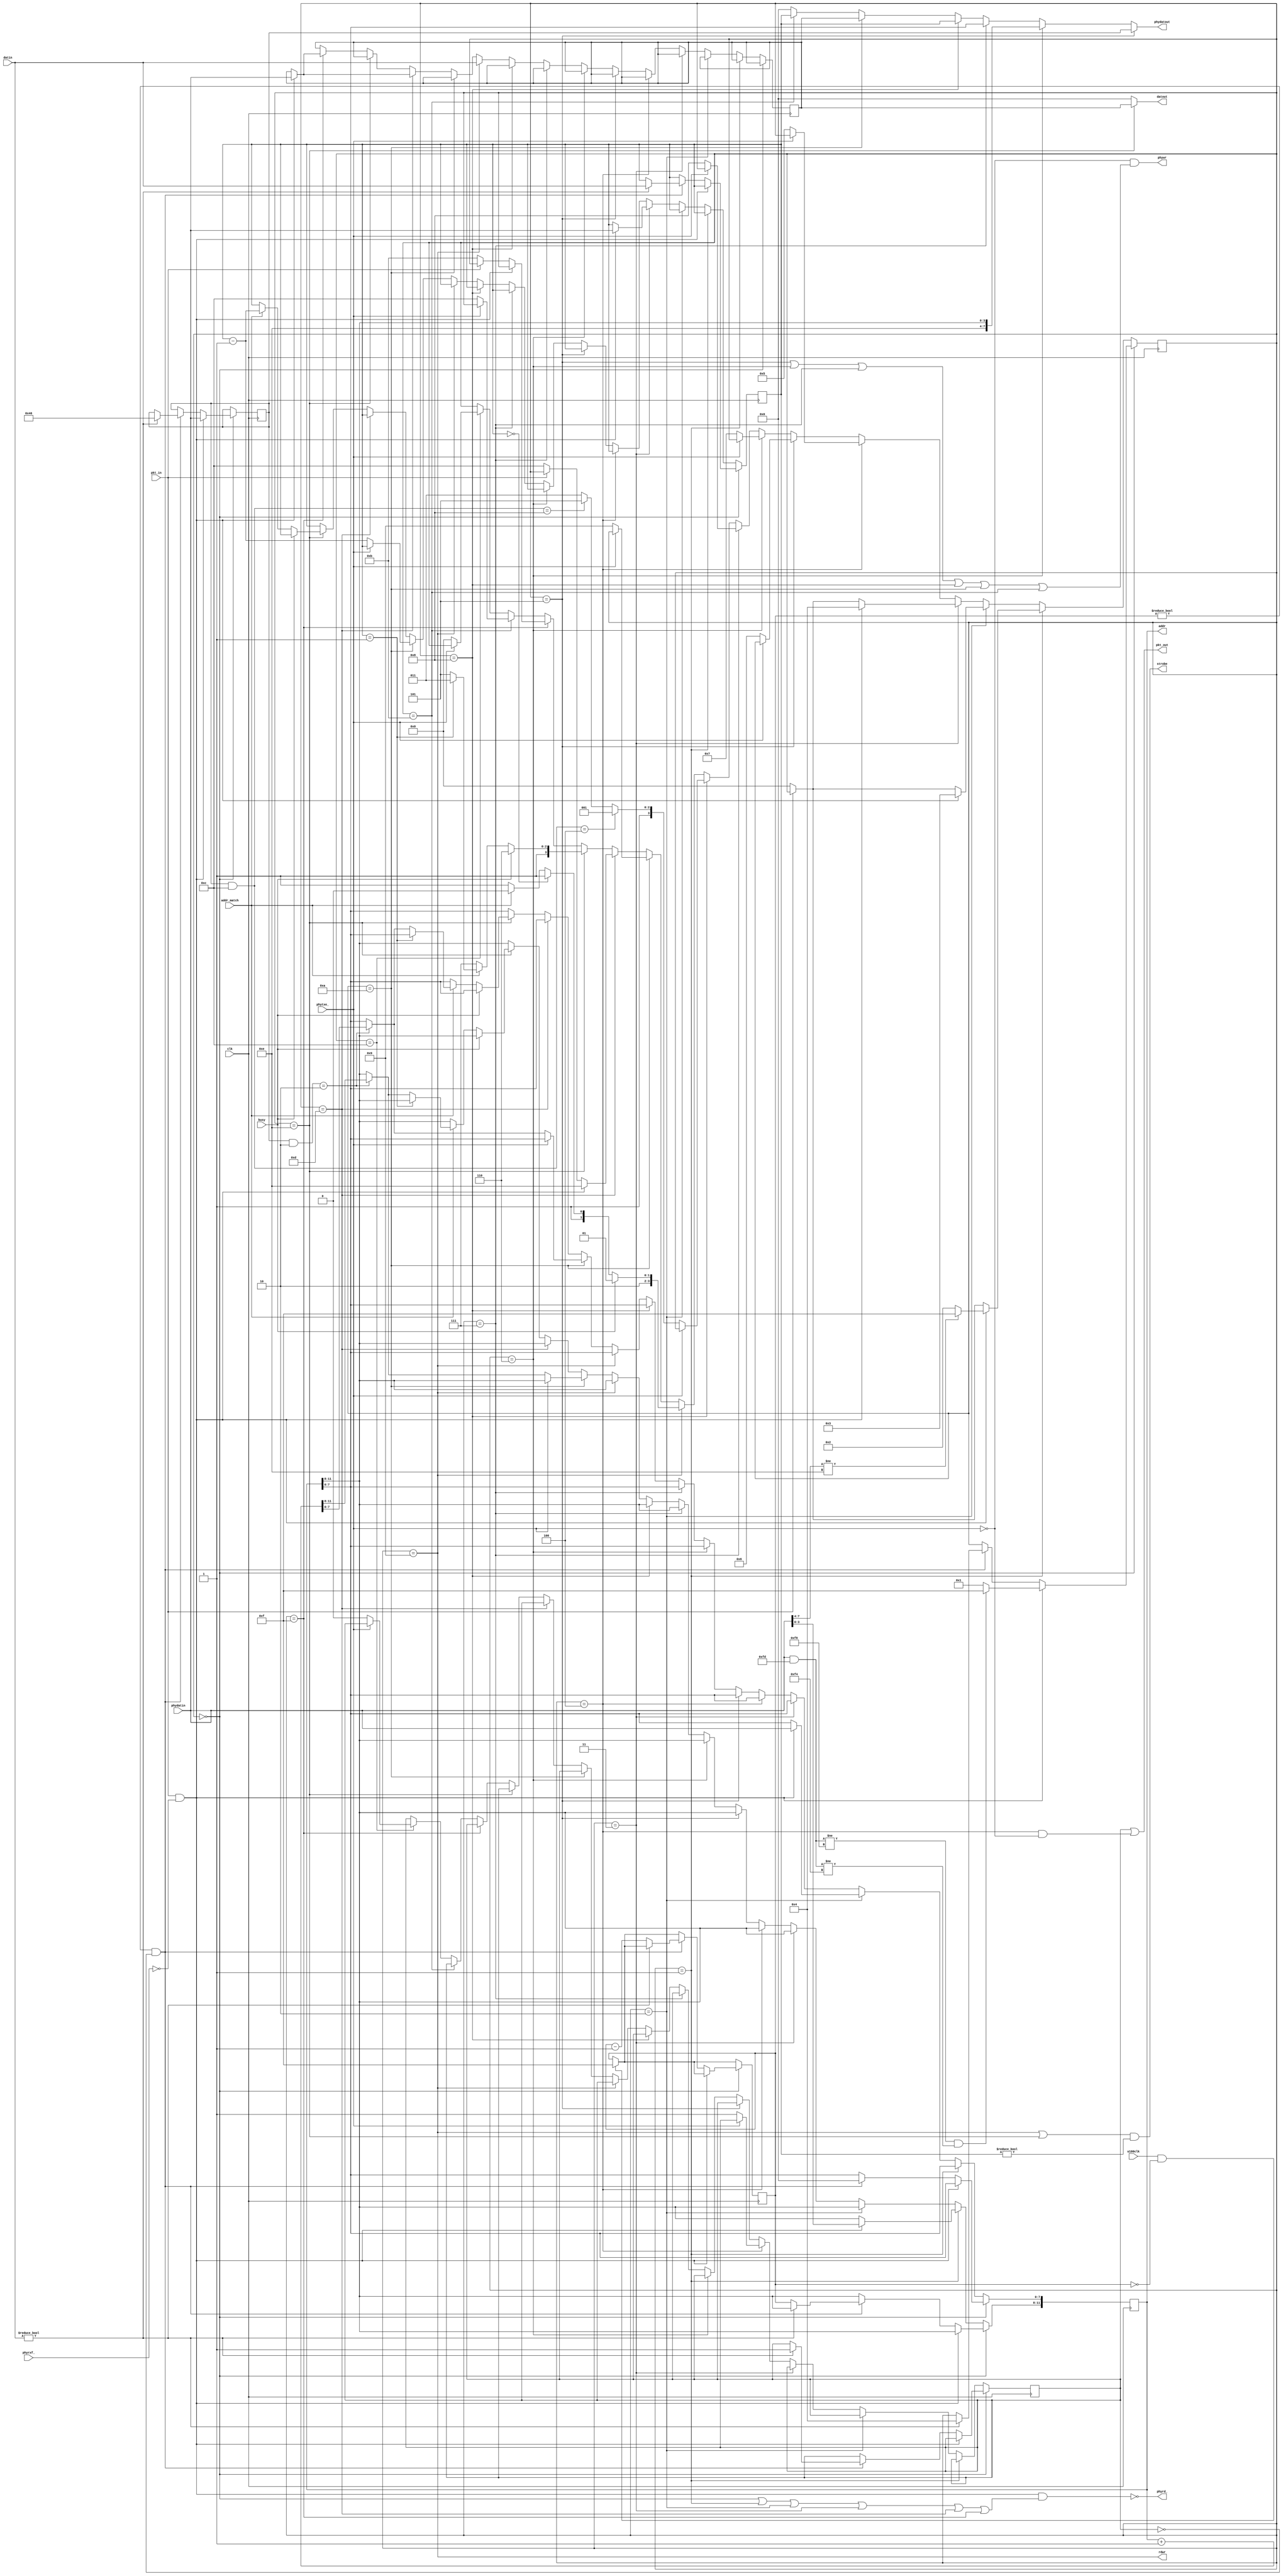
// *********************************************************
// Copyright (c) 2020 Demand Peripherals, Inc.
// 
// This file is licensed separately for private and commercial
// use.  See LICENSE.txt which should have accompanied this file
// for details.  If LICENSE.txt is not available please contact
// support@demandperipherals.com to receive a copy.
// 
// In general, you may use, modify, redistribute this code, and
// use any associated patent(s) as long as
// 1) the above copyright is included in all redistributions,
// 2) this notice is included in all source redistributions, and
// 3) this code or resulting binary is not sold as part of a
//    commercial product.  See LICENSE.txt for definitions.
// 
// DPI PROVIDES THE SOFTWARE "AS IS," WITHOUT WARRANTIES OR
// CONDITIONS OF ANY KIND, EITHER EXPRESS OR IMPLIED, INCLUDING
// WITHOUT LIMITATION ANY WARRANTIES OR CONDITIONS OF TITLE,
// NON-INFRINGEMENT, MERCHANTABILITY, OR FITNESS FOR A PARTICULAR
// PURPOSE.  YOU ARE SOLELY RESPONSIBLE FOR DETERMINING THE
// APPROPRIATENESS OF USING OR REDISTRIBUTING THE SOFTWARE (WHERE
// ALLOWED), AND ASSUME ANY RISKS ASSOCIATED WITH YOUR EXERCISE OF
// PERMISSIONS UNDER THIS AGREEMENT.
// 
// This software may be covered by US patent #10,324,889. Rights
// to use these patents is included in the license agreements.
// See LICENSE.txt for more information.
// *********************************************************

//////////////////////////////////////////////////////////////////////////
//
//  Description:  This bus interface accepts command and data from
//       the host compute and translates those commands into reads
//       and writes onto the DPCore bus. 
//
/////////////////////////////////////////////////////////////////////////

/////////////////////////////////////////////////////////////////////////
//
//  The protocol to the host consists of a command byte, two bytes of
//  register address, a word transfer count, and if applicable, write
//  data.  See the sysdefs.h file for a full description of the protocol.
//
//  At a high level the state machine for the bus interface gets the
//  four bytes mentioned above and does the read or write.  There are
//  major states as we get each of the three fields in the request and
//  several minor states as we deal with the control and status lines
//  to the host.
//
//  Get a host command from the host interface
`define BI_WT_CMD      0     // Wait for a new request on the  RXF_ line
`define BI_WT_HIAD     1     // Got RXF_ low and we lowered RD_, get high address byte
`define BI_WT_LOAD     2     // Got high addr, raised RD_, wait for RXF_ for low reg addr
`define BI_WT_WDCT     3     // Got low addr, raised RD_, wait for RXF_ for the word count

//  Doing a command.  Here are the states for both read and write processing
`define BI_SN_START    4     // Set the In_Pkt flag
`define BI_SN_CMD      5     // Echo/send the command byte back to the host
`define BI_SN_HIAD     6     // Send the high byte of the address
`define BI_SN_LOAD     7     // Send the low byte of the address
`define BI_SN_RCNT     8     // Send the Requested count
//  Doing a READ command.  Here are the states for read processing
`define BI_RD_WORD     9     // Read the data from the peripheral
`define BI_RD_LODA    10     // Send the low byte of the data
//  These states are also common for both reads and writes
`define BI_SN_DCNT    11     // Sent the "sent count" -- an error check for send count
`define BI_SN_END     12     // Send the SLIP END character -- lower InPkt

//  Doing a WRITE command.  Here are the states for write processing
//  We echo the command and give the number of words successfully written
`define BI_WR_LODA    13     // Wait for RXF_ to get the low data byte
`define BI_WR_WRIT    14     // Write the data to the peripheral
`define BI_WR_ABORT   15     // Abort the rest of the packet -- used on error

`define CMD_OP_FIELD      8'h0C
`define CMD_OP_READ       8'h04
`define CMD_OP_WRITE      8'h08
`define CMD_OP_WRRD       8'h30 
`define CMD_SAME_FIELD    8'h02
`define CMD_SAME_REG      8'h00
`define CMD_SUCC_REG      8'h02


module busif(clk, phydatin, phyrxf_, phyrd_, pkt_in, phydatout,
    phytxe_, phywr, pkt_out, addr, datout, rdwr, strobe, busy, u100clk,
    addr_match, datin);
    // Lines to and from the bus controller
    input  clk;              // 50MHz system clock
    // Lines to and from the physical (slip) interface
    input  [7:0] phydatin;   // Data from the physical interface
    input  phyrxf_;          // Data available if low
    output phyrd_;           // Get data from bus when low
    input  pkt_in;           // High if we're receiving a packet
    output [7:0] phydatout;  // Data toward the physical interface
    input  phytxe_;          // Able to send new data if low
    output phywr;            // Write data on positive edge
    output pkt_out;          // High when we want to send a packet
    // Lines to and from the peripherals
    output [11:0] addr;      // address of target peripheral
    output [7:0] datout;     // Data OUT to the peripherals
    output rdwr;             // direction of this transfer. Read=1; Write=0
    output strobe;           // true on full valid command
    input  busy;             // ==1 if target peripheral is busy
    input  u100clk;          // ==1 if it's time to start a peripheral poll cycle
    input  addr_match;       // ==1 if target peripheral claims the address
    input  [7:0] datin;      // Data INto the bus interface;


    reg  [3:0] state;        // state of the interface
    reg  [7:0] cmd;          // The command for this request
    reg  [11:0] paddr;       // The peripheral address of the target
    reg  [7:0] count;        // The number of words to transfer
    reg  sendingpkt;         // Set high when we are sending a packet.
    reg  [7:0] data;         // The data to/from the peripheral
    reg  [3:0] polladdr;     // Poll address.  Cycle to each peripheral asking for new data

    initial
    begin
        state = `BI_WT_CMD;
        sendingpkt = 0;
        polladdr = 0;
    end


    always @(posedge clk)
    begin
        // trigger peripheral poll outside of main bus state machine.
        if ((u100clk == 1) && (polladdr == 0))
            polladdr <= 4'hf;

        // Main bus state machine .....
        if (state == `BI_WT_CMD)    // Idle.  Waiting for a new command from the host
        begin
            if (pkt_in && (phyrxf_ == 0))
            begin
                // set phyrd_ = 0
                cmd <= phydatin;
                state <= `BI_WT_HIAD;
                // Sanity check.  Command must be either a read or write
                if (((phydatin & 8'hfd) != 8'hf8) && ((phydatin & 8'hfd) != 8'hf4))
                begin
                    state <= `BI_WR_ABORT;
                end
            end
            else
            begin
                //  This is where we do the background polling for new data
                //  from the peripherals that needs to be sent up to the host
                if ((polladdr != 0) && (sendingpkt == 0))
                begin
                    // Any bytes to transfer up to the host?
                    if (datin != 0)
                    begin
                        cmd <= 8'h46;
                        count <= datin[7:0];
                        state <= `BI_SN_START;
                        sendingpkt <= 1;
                    end
                    else  // No new data at that address, try the next
                    begin
                        paddr[11:8] <= polladdr;
                        polladdr <= polladdr - 4'h1;
                    end
                    paddr[7:0] <= 0;
                end
            end
        end
        else if (state == `BI_WT_HIAD)   // Got a command.  Get the high address
        begin
            if (pkt_in && (phyrxf_ == 0))
            begin
                // set phyrd_ = 0
                paddr[11:8] <= phydatin[3:0];
                state <= `BI_WT_LOAD;
                if (phydatin[7:4] != 4'he)  // another sanity check
                begin
                    state <= `BI_WR_ABORT;
                end
            end
            else if (pkt_in == 0)   // abort on loss of incoming packet
            begin
                state <= `BI_WT_CMD;
            end
        end
        else if (state == `BI_WT_LOAD)   // Got the high address.  Get the low address
        begin
            if (pkt_in && (phyrxf_ == 0))
            begin
                // set phyrd_ = 0
                paddr[7:0] <= phydatin;
                state <= `BI_WT_WDCT;
            end
            else if (pkt_in == 0)   // abort on loss of incoming packet
            begin
                state <= `BI_WT_CMD;
            end
        end
        else if (state == `BI_WT_WDCT)   // Got the full address. Get the send count
        begin
            if (pkt_in && (phyrxf_ == 0))
            begin
                count <= phydatin;
                state <= `BI_SN_START;
            end
            else if (pkt_in == 0)   // abort on loss of incoming packet
            begin
                state <= `BI_WT_CMD;
            end
        end
        // Both reads and writes have the command echoed back to the host
        else if (state == `BI_SN_START)  // Set the In_Pkt flag, the SLIP_END character
        begin
            if (phytxe_ == 0)
            begin
                sendingpkt <= 1;
                state <= `BI_SN_CMD;
            end
        end
        else if (state == `BI_SN_CMD)    // Echo/send the command byte back to the host
        begin
            if (phytxe_ == 0)
            begin
                state <= `BI_SN_HIAD;
            end
        end
        else if (state == `BI_SN_HIAD)   // Send the high byte of the address
        begin
            if (phytxe_ == 0)
            begin
                state <= `BI_SN_LOAD;
            end
        end
        else if (state == `BI_SN_LOAD)   // Send the low byte of the address
        begin
            if (phytxe_ == 0)
                state <= `BI_SN_RCNT;
            begin
            end
        end
        else if (state == `BI_SN_RCNT)   // Send the Requested count
        begin
            if (phytxe_ == 0)
            begin
                // Switch on the command type to get to the next state 
                if ((cmd & `CMD_OP_FIELD) == `CMD_OP_READ)
                    state <= `BI_RD_WORD;    // go read the data from the peripheral
                else if ((cmd & `CMD_OP_FIELD) == `CMD_OP_WRITE)
                    //state <= ((cmd & `CMD_LEN_FIELD) == `CMD_WORD16) ? `BI_WR_HIDA : `BI_WR_LODA;
                    state <= `BI_WR_LODA;
                else
                    state <= `BI_SN_DCNT;    // Hmmm, a no-op
            end
        end

        ////////////////////////////////////////////////////////////////////////////
        // We have a READ command.  Handle it in this part of the state machine
        else if (state == `BI_RD_WORD)   // Read the data from the peripheral
        begin
            // get data from the peripheral.  Watch for busy and valid_address flags
            data <= datin;
            if (busy == 1)
                state <= `BI_RD_WORD;
            else if (count == 0)   // ALL DONE ???
                state <= `BI_SN_DCNT;
            else if (addr_match == 0)
                state <= `BI_SN_DCNT;
            else
                state <= `BI_RD_LODA;
        end
        else if (state == `BI_RD_LODA)   // Send the low byte of the data
        begin
            if (phytxe_ == 0)
            begin
                state <= `BI_RD_WORD;
                count <= count - 8'h01;
                if ((cmd & `CMD_SAME_FIELD) == `CMD_SUCC_REG)
                    paddr <= paddr + 12'h001;
            end
        end

        ////////////////////////////////////////////////////////////////////////////
        // We have a WRITE command.  Handle it in this part of the state machine
        else if (state == `BI_WR_LODA)   // Get the low byte of the data
        begin
            if (pkt_in && (phyrxf_ == 0))
            begin
                // set phyrd_ = 0
                data[7:0] <= phydatin;
                state <= `BI_WR_WRIT;
            end
            else if (pkt_in == 0)   // abort on loss of incoming packet
            begin
                state <= `BI_SN_END;
            end
        end
        else if (state == `BI_WR_WRIT)   // Do the write to the peripheral
        begin
            // write data to the peripheral.  Watch for busy and valid_address flags
            if (busy == 1)
                state <= `BI_WR_WRIT;
            else if (addr_match == 0)
                state <= `BI_WR_ABORT;
            else
            begin
                count <= count - 8'h01;
                if (count == 1)   // ALL DONE ???
                    state <= `BI_SN_DCNT;
                //else if ((cmd & `CMD_LEN_FIELD) == `CMD_WORD16)
                //begin
                    //state <= `BI_WR_HIDA;
                    //if ((cmd & `CMD_SAME_FIELD) == `CMD_SUCC_REG)
                        //paddr <= paddr + 2;
                //end
                else
                begin
                    state <= `BI_WR_LODA;
                    if ((cmd & `CMD_SAME_FIELD) == `CMD_SUCC_REG)
                        paddr <= paddr + 12'h001;
                end
            end
        end
        else if (state == `BI_WR_ABORT)
        begin              // Aborting the write -- read and discard rest of input pkt
            if (pkt_in && (phyrxf_ == 0))
            begin
                // set phyrd_ = 0
                data[7:0] <= phydatin;   // really just a no-op
            end
            else if (pkt_in == 0)   // Done. Go send the data count
            begin
                state <= `BI_SN_DCNT;
            end
        end

        // Both reads and write end with a send of the processed word count
        else if (state == `BI_SN_DCNT)   // Sent the "did count" -- an error check for request count
        begin
            if (phytxe_ == 0)
            begin
                state <= `BI_SN_END;
            end
        end
        else if (state == `BI_SN_END)    // Send the SLIP END character -- lower InPkt
        begin
            if (phytxe_ == 0)
            begin
                sendingpkt <= 0;
                state <= `BI_WT_CMD;
            end
        end
    end


    // Deal with the output lines toward the USB receiver
    assign phyrd_ = ~(pkt_in && (phyrxf_ == 0) &&
                 ((state == `BI_WT_CMD) || (state == `BI_WT_HIAD) || (state == `BI_WT_LOAD) ||
                  //(state == `BI_WT_WDCT) || (state == `BI_WR_HIDA) ||(state == `BI_WR_LODA) ||
                  (state == `BI_WT_WDCT) || (state == `BI_WR_LODA) ||
                  (state == `BI_WR_ABORT)));
    assign pkt_out = sendingpkt || ((state == `BI_SN_START) && (phytxe_ == 0));

    // Deal with the output lines toward the USB transmitter
    assign phydatout = (state == `BI_SN_CMD) ? cmd :
                       (state == `BI_SN_HIAD) ? {4'he,paddr[11:8]} :
                       (state == `BI_SN_LOAD) ? paddr[7:0] :
                       (state == `BI_SN_RCNT) ? count :
                       (state == `BI_RD_LODA) ? data[7:0] :
                       (state == `BI_SN_DCNT) ? count : 8'h00;
    assign phywr = ((phytxe_ == 0) && ((state == `BI_SN_CMD) || (state == `BI_SN_HIAD) ||
                                       (state == `BI_SN_LOAD) || (state == `BI_SN_RCNT) ||
                                       //(state == `BI_RD_HIDA) || (state == `BI_RD_LODA) ||
                                       (state == `BI_RD_LODA) ||
                                       (state == `BI_SN_DCNT)));

    // Deal with output lines to the peripherals
    assign addr = paddr;      // address of target peripheral
    assign datout = (state == `BI_WR_WRIT) ? data : 8'h00;     // Data OUT to the peripherals
    assign rdwr = (state == `BI_RD_WORD);
    assign strobe = (((state == `BI_RD_WORD) || (state == `BI_WR_WRIT)) && (count != 0));

endmodule